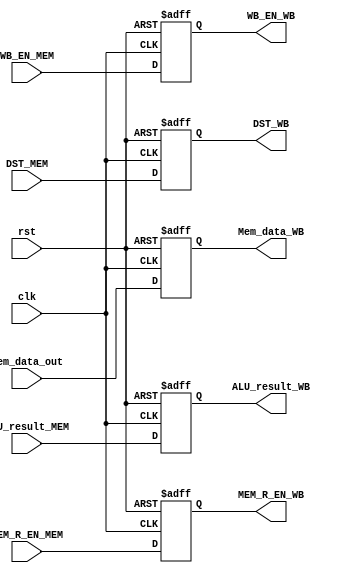
module MEM_Stage_reg
	(
		input clk,
		input rst,
		input WB_EN_MEM,
		input MEM_R_EN_MEM,
		input [4:0]DST_MEM,
		input [31:0] Mem_data_out,
		input [31:0] ALU_result_MEM,

		output reg WB_EN_WB,
		output reg MEM_R_EN_WB,
		output reg [4:0] DST_WB,
		output reg [31:0] Mem_data_WB,
		output reg [31:0] ALU_result_WB
	);
	always@(posedge clk , posedge rst) 
	begin 
		if(rst)
			begin
				WB_EN_WB<=  1'b0;
				MEM_R_EN_WB<= 1'b0;
				DST_WB<= 5'b0;
				Mem_data_WB<= 32'b0 ;
				ALU_result_WB<= 32'b0;
		end
			
		else
			begin
				WB_EN_WB<=  WB_EN_MEM;
				MEM_R_EN_WB<= MEM_R_EN_MEM ;
				DST_WB<= DST_MEM ;
				Mem_data_WB<= Mem_data_out ;
				ALU_result_WB<= ALU_result_MEM ;
			end
	end

endmodule // MEM_Stage_reg